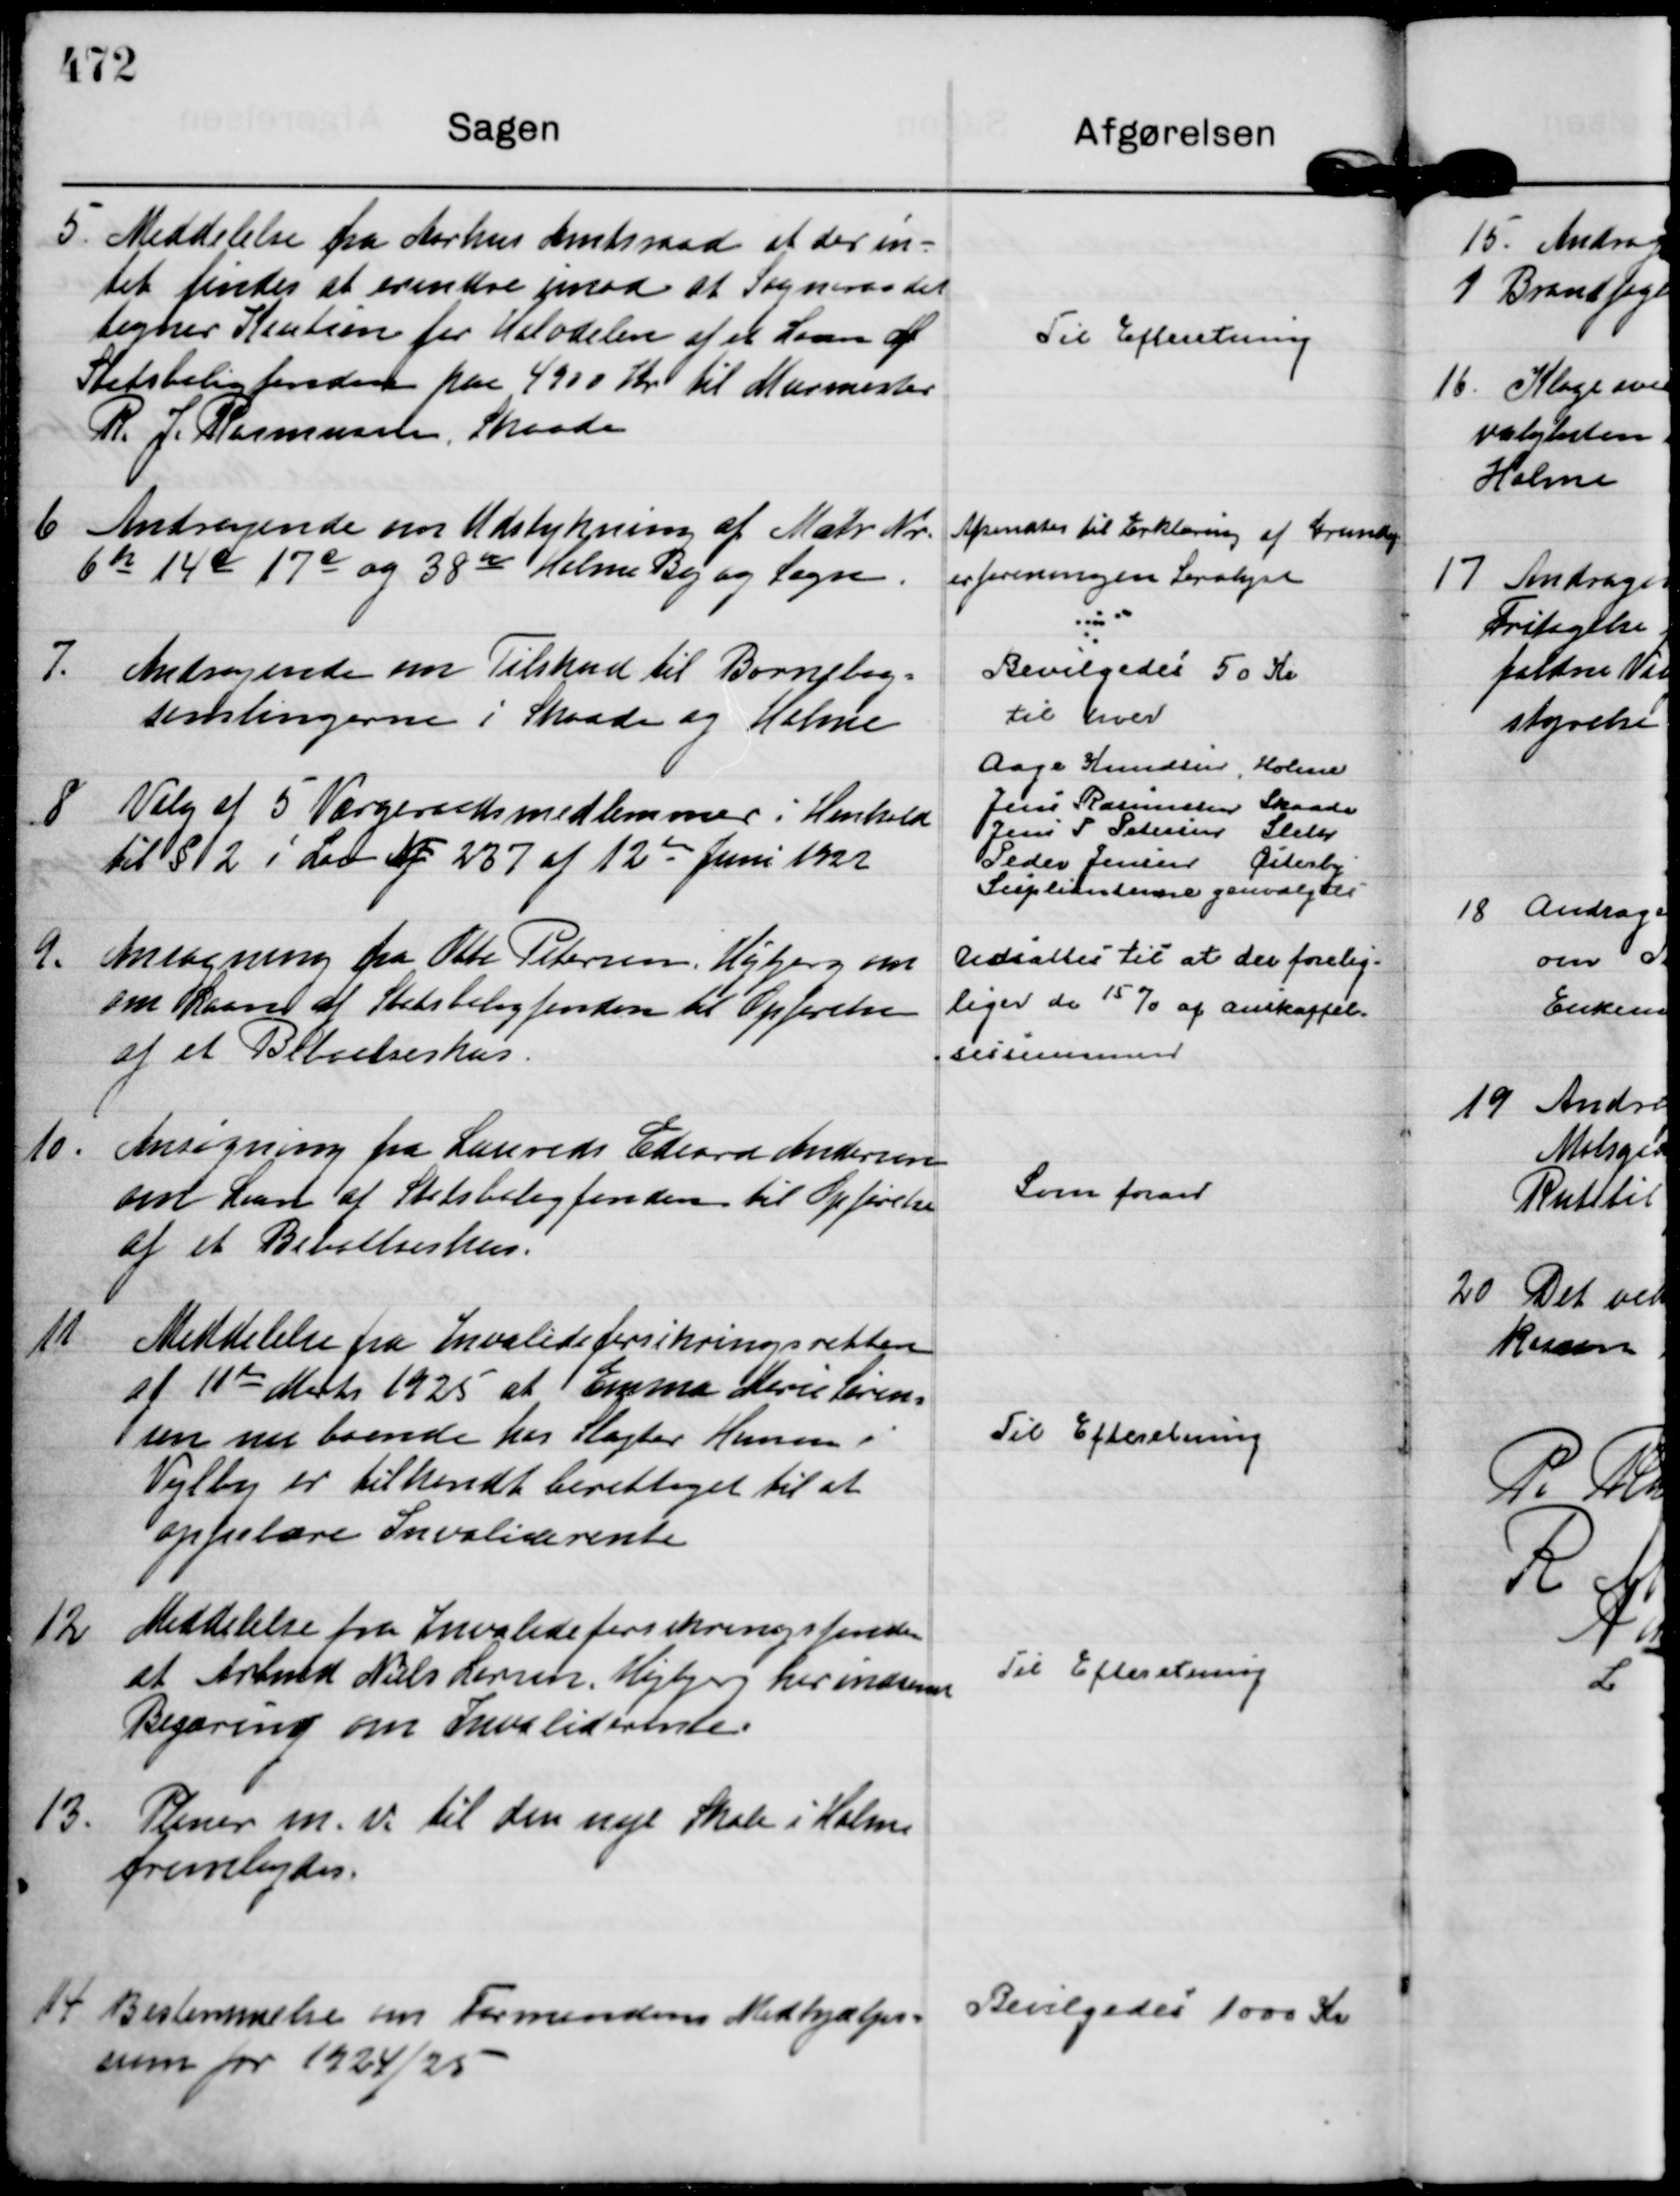
Transskription:
5.
Meddelelse fra Aarhus Amtsraad at der in=
tet findes at erindre imod at Sogneraadet
tegner Kaution for Halvdelen af et Laan af
Statsboligfonden paa 4900 Kr til Murmester
R. J. Rasmussen, Skaade

Til Efteretning

6
Andragende om Udstykning af Matr Nr.
6 h 14 c 17 c og 38 r Holme By og Sogn.

Afsendtes til Erklæring af Grundej-
erforeningen Saralyst

7.
Andragende om Tilskud til Børnebog=
samlingerne i Skaade og Holme

Bevilgedes 50 Kr
til hver

8
Valg af 5 Værgerretsmedlemmer i Henhold
til § 2 i Lov Nf 237 af 12 de Juni 1922

Aage Knudsen, Holme
Jens Rasmussen Skaade
Jens P Petersen Sleth
Peder Jensen Østerby
Suplianterne genvalgtes

9.
Ansøgning fra Otte Petersen, Højbjerg om
om Laan af Statsboligfonden til Opførelse
af et Beboelseshus.

Udsættes til at der forelig-
liger de 15 % af Anskaffel-
sessummen

10.
Ansøgning fra Laurids Edeard Andersen
om Laan af Statsboligfonden til Opførelse
af et Beboelseshus.

Som foran

11
Meddelelse fra Invalideforsikringsretten
af 11 de Marts 1925 at Emma Marie Søren=
sen nu boende hos Slagter Hansen i
Vejlby er tilkendt berettiget til at
oppebære Invaliderente

Til Efteretning

12
Meddelelse fra Invalideforsikringsfonden
at Arbmd Niels Larsen, Højbjerg har indsenn
Begæring om Invaliderente.

Til Efteretning

13.
Planer m. v. til den nye Skole i Holme
frembydes.

14
Bestemmelse om Formandens Medhjælper=
sum for 1924/25

Bevilgedes 1000 Kr